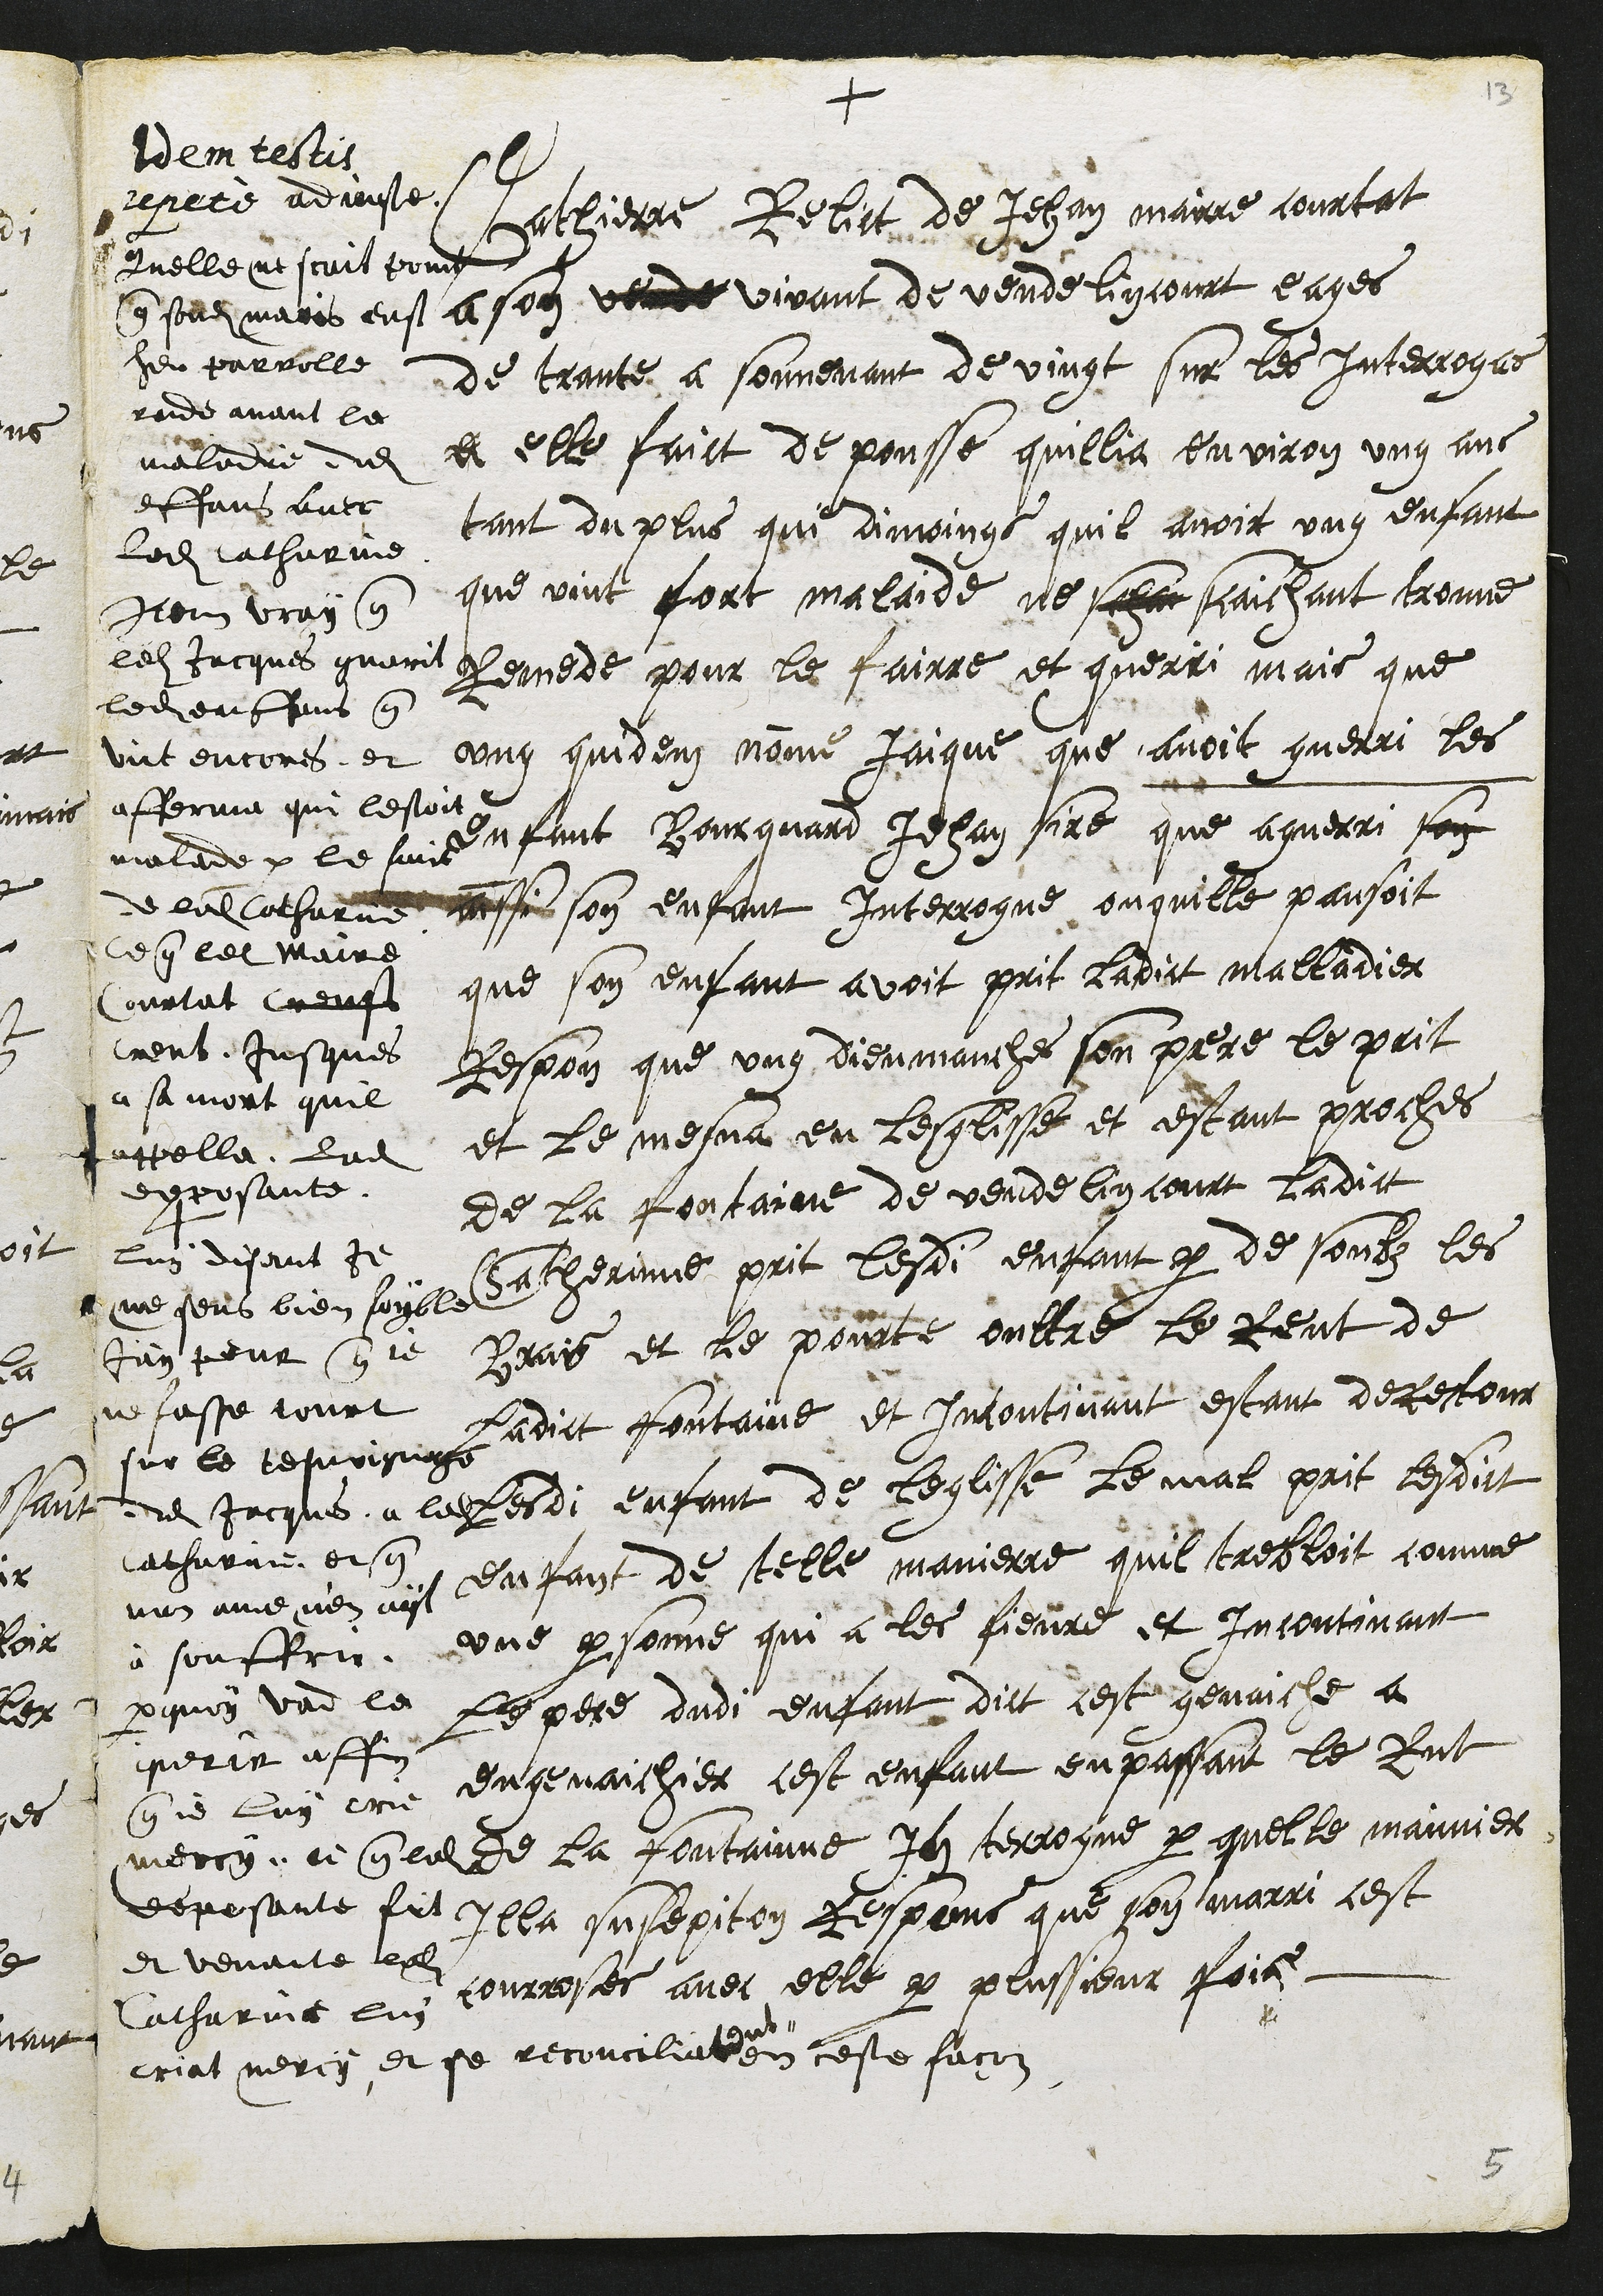
+
4
Chatierre Relict de Jehan mairre courtat
a son vende vivant de vendelincourt eages
de trante a souvenant de vingt sur les Interrogas
a elle faict de pousse quillia environ ung ans
tant du plus qui dimoings quil avoit ung enfant
que vint fort malaide ne schai scaichant trouve
Remede pour le fairre et guerri mais que
ung quidem nomme Jaique que avoit guerri les
enfant Bourquard Jehan sire que a guerri son
ainssi son enfant Interrogue ou quille pansoit
que son enfant avoit prit ladict malladier
Respon que ung dieumanche son pere le prit
et le mesna en lesglisse et estant proches
de la fontaine de vendelincourt ladict
Catherinne prit lesdi enfant par de soubz les
Brais et le pourte oultre le Reut de
ladict fontaine et incontinant estant de rectour
lesdi enfant de leglisse le mal prit lesdict
enfant de telle manierre quil trebloit comme
une personne qui a les fievre et incontinant
le pere dudi enfant dict cest genaiche a
engenaichier cest enfant en passant le Rut
de la fontainne Interrogue par quelle mainnier
Illa susepiton Respons que son marri cest
courosses avec elle par plussieur fois.
Idem testis
repete adjouste
Quelle ne scait point
que sondit maris eust
heu parrolle
rude avant la
maladie dudit
enffans avec
ladite Catherinne
Item vray que
ledit Jacques guerit
ledit enffans que
vit encores, et
afferme qui lestoit
malade par le faict
de ladite Catherinne
Ce que le maire
Courtat creust
creut jusques
a sa mort quil
appella ladite
deposante
luy disant je
me sens bien foyble
jay peur que je
ne fasse tourt
sur le tesmoignage
dudit Jacque a ladite
Catherine et que
mon ame n'en ayt
à souffrir.
pourquoy vad la
querir affin
que je luy crie
mercy, ce que ladite
deposante fit
et venante ladite
Catherinne lui
criat mercy et se reconciliar¬
ent
en ceste facon